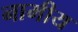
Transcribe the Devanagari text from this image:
नामीय